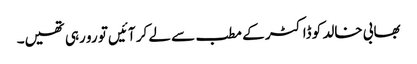
بھابی خالد کو ڈاکٹر کے مطب سے لے کر آئیں تو رو رہی تھیں۔